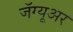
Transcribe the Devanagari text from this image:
जॅग्यूअर